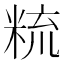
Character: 𥹷